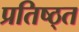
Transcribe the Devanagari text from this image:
प्रतिष्ठ्त